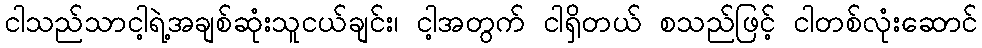
ငါသည်သာငါ့ရဲ့အချစ်ဆုံးသူငယ်ချင်း၊ ငါ့အတွက် ငါရှိတယ် စသည်ဖြင့် ငါတစ်လုံးဆောင်